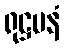
ရုဋ္ဌမနံ